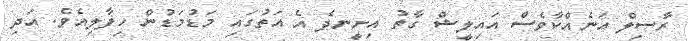
ރާސިލް އަނެއްކާވެސް އައިލީޝް ގާތު އިށީނދެ އެ އަތުގައި މަޑުމަޑުން ހިފާލިއެވެ. އަދި